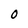
Character: 0